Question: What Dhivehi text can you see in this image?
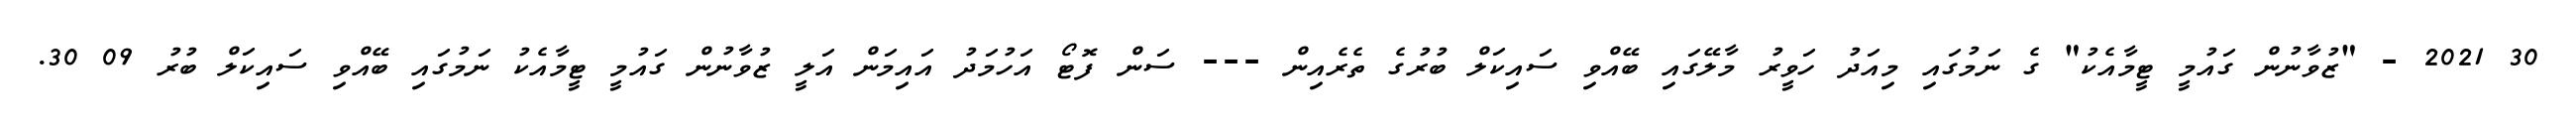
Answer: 30 2021 - "ޒުވާނުން ގައުމީ ޓީމާއެކު" ގެ ނަމުގައި މިއަދު ހަވީރު މާލޭގައި ބޭއްވި ސައިކަލް ބުރުގެ ތެރެއިން --- ސަން ފޮޓޯ އަހުމަދު އައިމަން އަލީ ޒުވާނުން ގައުމީ ޓީމާއެކު ނަމުގައި ބޭއްވި ސައިކަލް ބުރު 09 30.